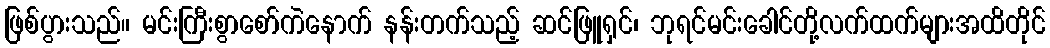
ဖြစ်ပွားသည်။ မင်းကြီးစွာစော်ကဲနောက် နန်းတက်သည့် ဆင်ဖြူရှင်၊ ဘုရင်မင်းခေါင်တို့လက်ထက်များအထိတိုင်